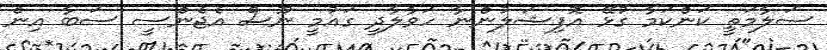
ސަލާމަތީ ކަންކަމާ ގުޅޭ އޮފިޝަލުންނާ ހަވާލާދީ ގައުމީ ނޫސް އެޖެންސީ ސަބާ އިން